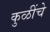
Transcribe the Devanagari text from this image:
कुळींचे